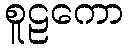
စူဠကော